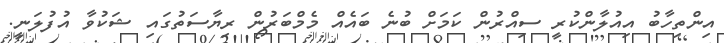
އިންތިހާބު އިއުލާންކުރީ ސިއްރުން ކަމަށް ބުނެ ބައެއް މެމްބަރުން ރިޔާސަތުގައި ޝަކުވާ އުފުލަނީ.